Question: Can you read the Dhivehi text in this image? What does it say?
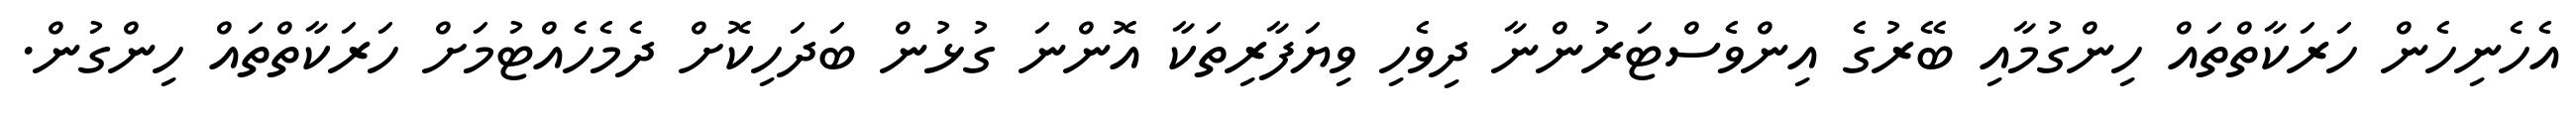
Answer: އެހެނިހެން ހަރަކާތްތައް ހިންގުމާއި ބޭރުގެ އިންވެސްޓަރުންނާ ދިވެހި ވިޔަފާރިތަކާ އޮންނަ ގުޅުން ބަދަހިކޮށް ދެމެހެއްޓުމަށް ހަރަކާތްތައް ހިންގުން.